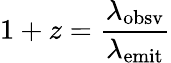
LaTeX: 1+z={\frac{\lambda_{\mathrm{obsv}}}{\lambda_{\mathrm{emit}}}}